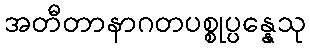
အတီတာနာဂတပစ္စုပ္ပန္နေသု